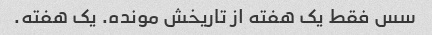
سس فقط یک هفته از تاریخش مونده. یک هفته.